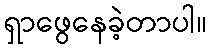
ရှာဖွေနေခဲ့တာပါ။